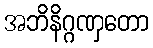
အဘိနိဂ္ဂဏှတော